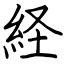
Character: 経